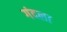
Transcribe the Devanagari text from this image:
गंदला